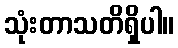
သုံးတာသတိရှိပါ။